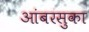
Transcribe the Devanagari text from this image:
आंबरसुका